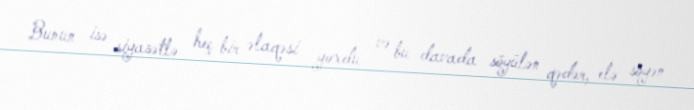
Bunun isə siyasətlə heç bir əlaqəsi yoxdu və bu davada söyülən qədər, elə söyən